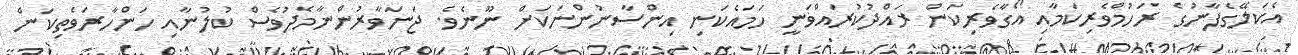
އެކަލޭގެފާނުގެ ރަހުމްވެރިކަމާއި އޯގާވެރިކަން ރައްދުކުރައްވަނީ ހަމައެކަނި އިންސާނުންނަކަށް ނޫނެވެ. ޖަނަވާރުންނާމެދުވެސް ކުލުނާއި ހަންހާރަވެތިކަން